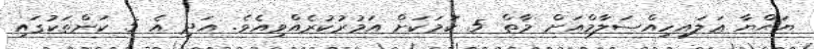
ޔަޙްޔާ ޢަލައިހިއްސަލާމްއަށް މާތް 5 ކަމަކަށް އަމުރުކުރެއްވިއެވެ. އަދި އެ 5 ކަންތަކުގައި